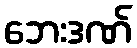
ဘေးဒဏ်